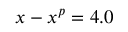
x - x ^ { p } = 4 . 0